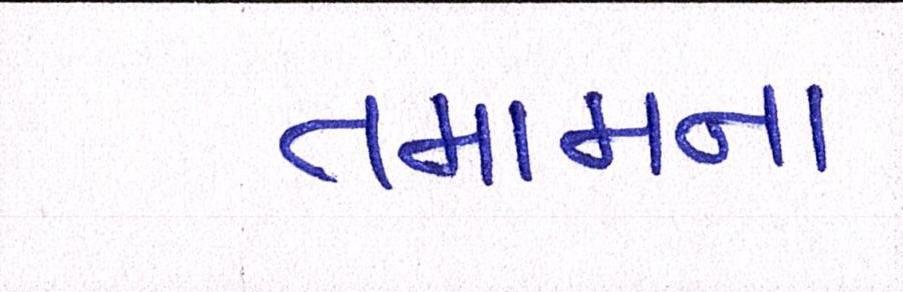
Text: તમામના